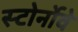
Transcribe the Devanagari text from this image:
स्टोर्नोवे